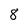
Character: 8